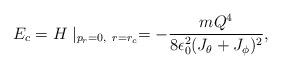
LaTeX: \begin{align*}E_c=H\mid_{p_r=0,~r=r_c}=-{{mQ^4}\over{8\epsilon_0^2(J_\theta +J_\phi)^2}},\end{align*}